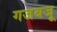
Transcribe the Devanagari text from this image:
गजबजू